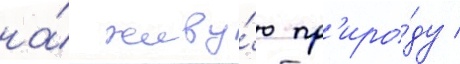
на́ живу́ю пр'иро́ду /